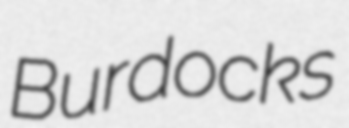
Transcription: Burdocks